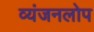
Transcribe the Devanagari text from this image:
व्यंजनलोप